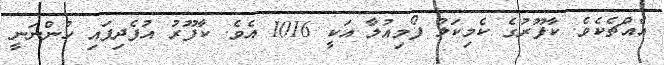
އެއްޗެކެވެ. ކާފޫރުގެ ކެމިކަލް ފޯމިއުލާ އަކީ 1016 އެވެ. ކާފޫރު އުފެދިފައި ހުންނަނީ